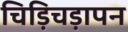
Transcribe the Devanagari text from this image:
चिड़िचड़ापन